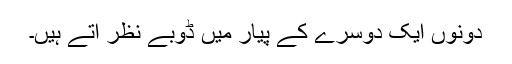
دونوں ایک دوسرے کے پیار میں ڈوبے نظر آتے ہیں۔